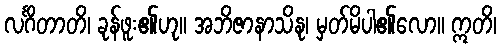
လင်္ဂိတာတိ၊ ခုန်ဖူး၏ဟု။ အဘိဇာနာသိနု၊ မှတ်မိပါ၏လော။ ဣတိ၊